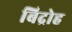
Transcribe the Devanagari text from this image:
बिद्रोह